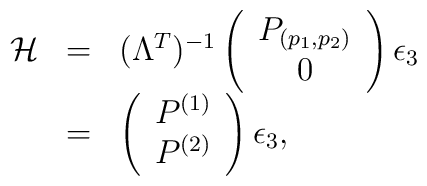
\begin{array}{rcl}{\cal H} &=& (\Lambda^T)^{-1} \left(\begin{array}{c} P_{(p_1, p_2)}\\ 0\end{array}\right)\epsilon_3\\&=& \left(\begin{array}{c} P^{(1)}\\P^{(2)}\end{array}\right) \epsilon_3, \end{array}